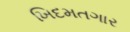
ખિદમતગાર